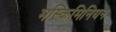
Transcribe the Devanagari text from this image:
मस्किमिनियन